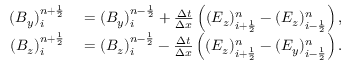
\begin{array} { r l } { ( B _ { y } ) _ { i } ^ { n + \ensuremath { { \frac { 1 } { 2 } } } } } & { { } = ( B _ { y } ) _ { i } ^ { n - \ensuremath { { \frac { 1 } { 2 } } } } + \frac { \Delta t } { \Delta x } \left( ( E _ { z } ) _ { i + \ensuremath { { \frac { 1 } { 2 } } } } ^ { n } - ( E _ { z } ) _ { i - \ensuremath { { \frac { 1 } { 2 } } } } ^ { n } \right) , } \\ { ( B _ { z } ) _ { i } ^ { n + \ensuremath { { \frac { 1 } { 2 } } } } } & { { } = ( B _ { z } ) _ { i } ^ { n - \ensuremath { { \frac { 1 } { 2 } } } } - \frac { \Delta t } { \Delta x } \left( ( E _ { z } ) _ { i + \ensuremath { { \frac { 1 } { 2 } } } } ^ { n } - ( E _ { y } ) _ { i - \ensuremath { { \frac { 1 } { 2 } } } } ^ { n } \right) . } \end{array}